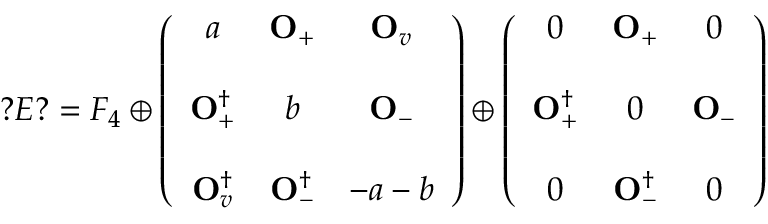
? E ? = F _ { 4 } \oplus \left( \begin{array} { c c c } { { a } } & { { { \bf O } _ { + } } } & { { { \bf O } _ { v } } } \\ { { } } & { { } } & { { } } \\ { { { \bf O } _ { + } ^ { \dagger } } } & { { b } } & { { { \bf O } _ { - } } } \\ { { } } & { { } } & { { } } \\ { { { \bf O } _ { v } ^ { \dagger } } } & { { { \bf O } _ { - } ^ { \dagger } } } & { { - a - b } } \end{array} \right) \oplus \left( \begin{array} { c c c } { { 0 } } & { { { \bf O } _ { + } } } & { { 0 } } \\ { { } } & { { } } & { { } } \\ { { { \bf O } _ { + } ^ { \dagger } } } & { { 0 } } & { { { \bf O } _ { - } } } \\ { { } } & { { } } & { { } } \\ { { 0 } } & { { { \bf O } _ { - } ^ { \dagger } } } & { { 0 } } \end{array} \right)